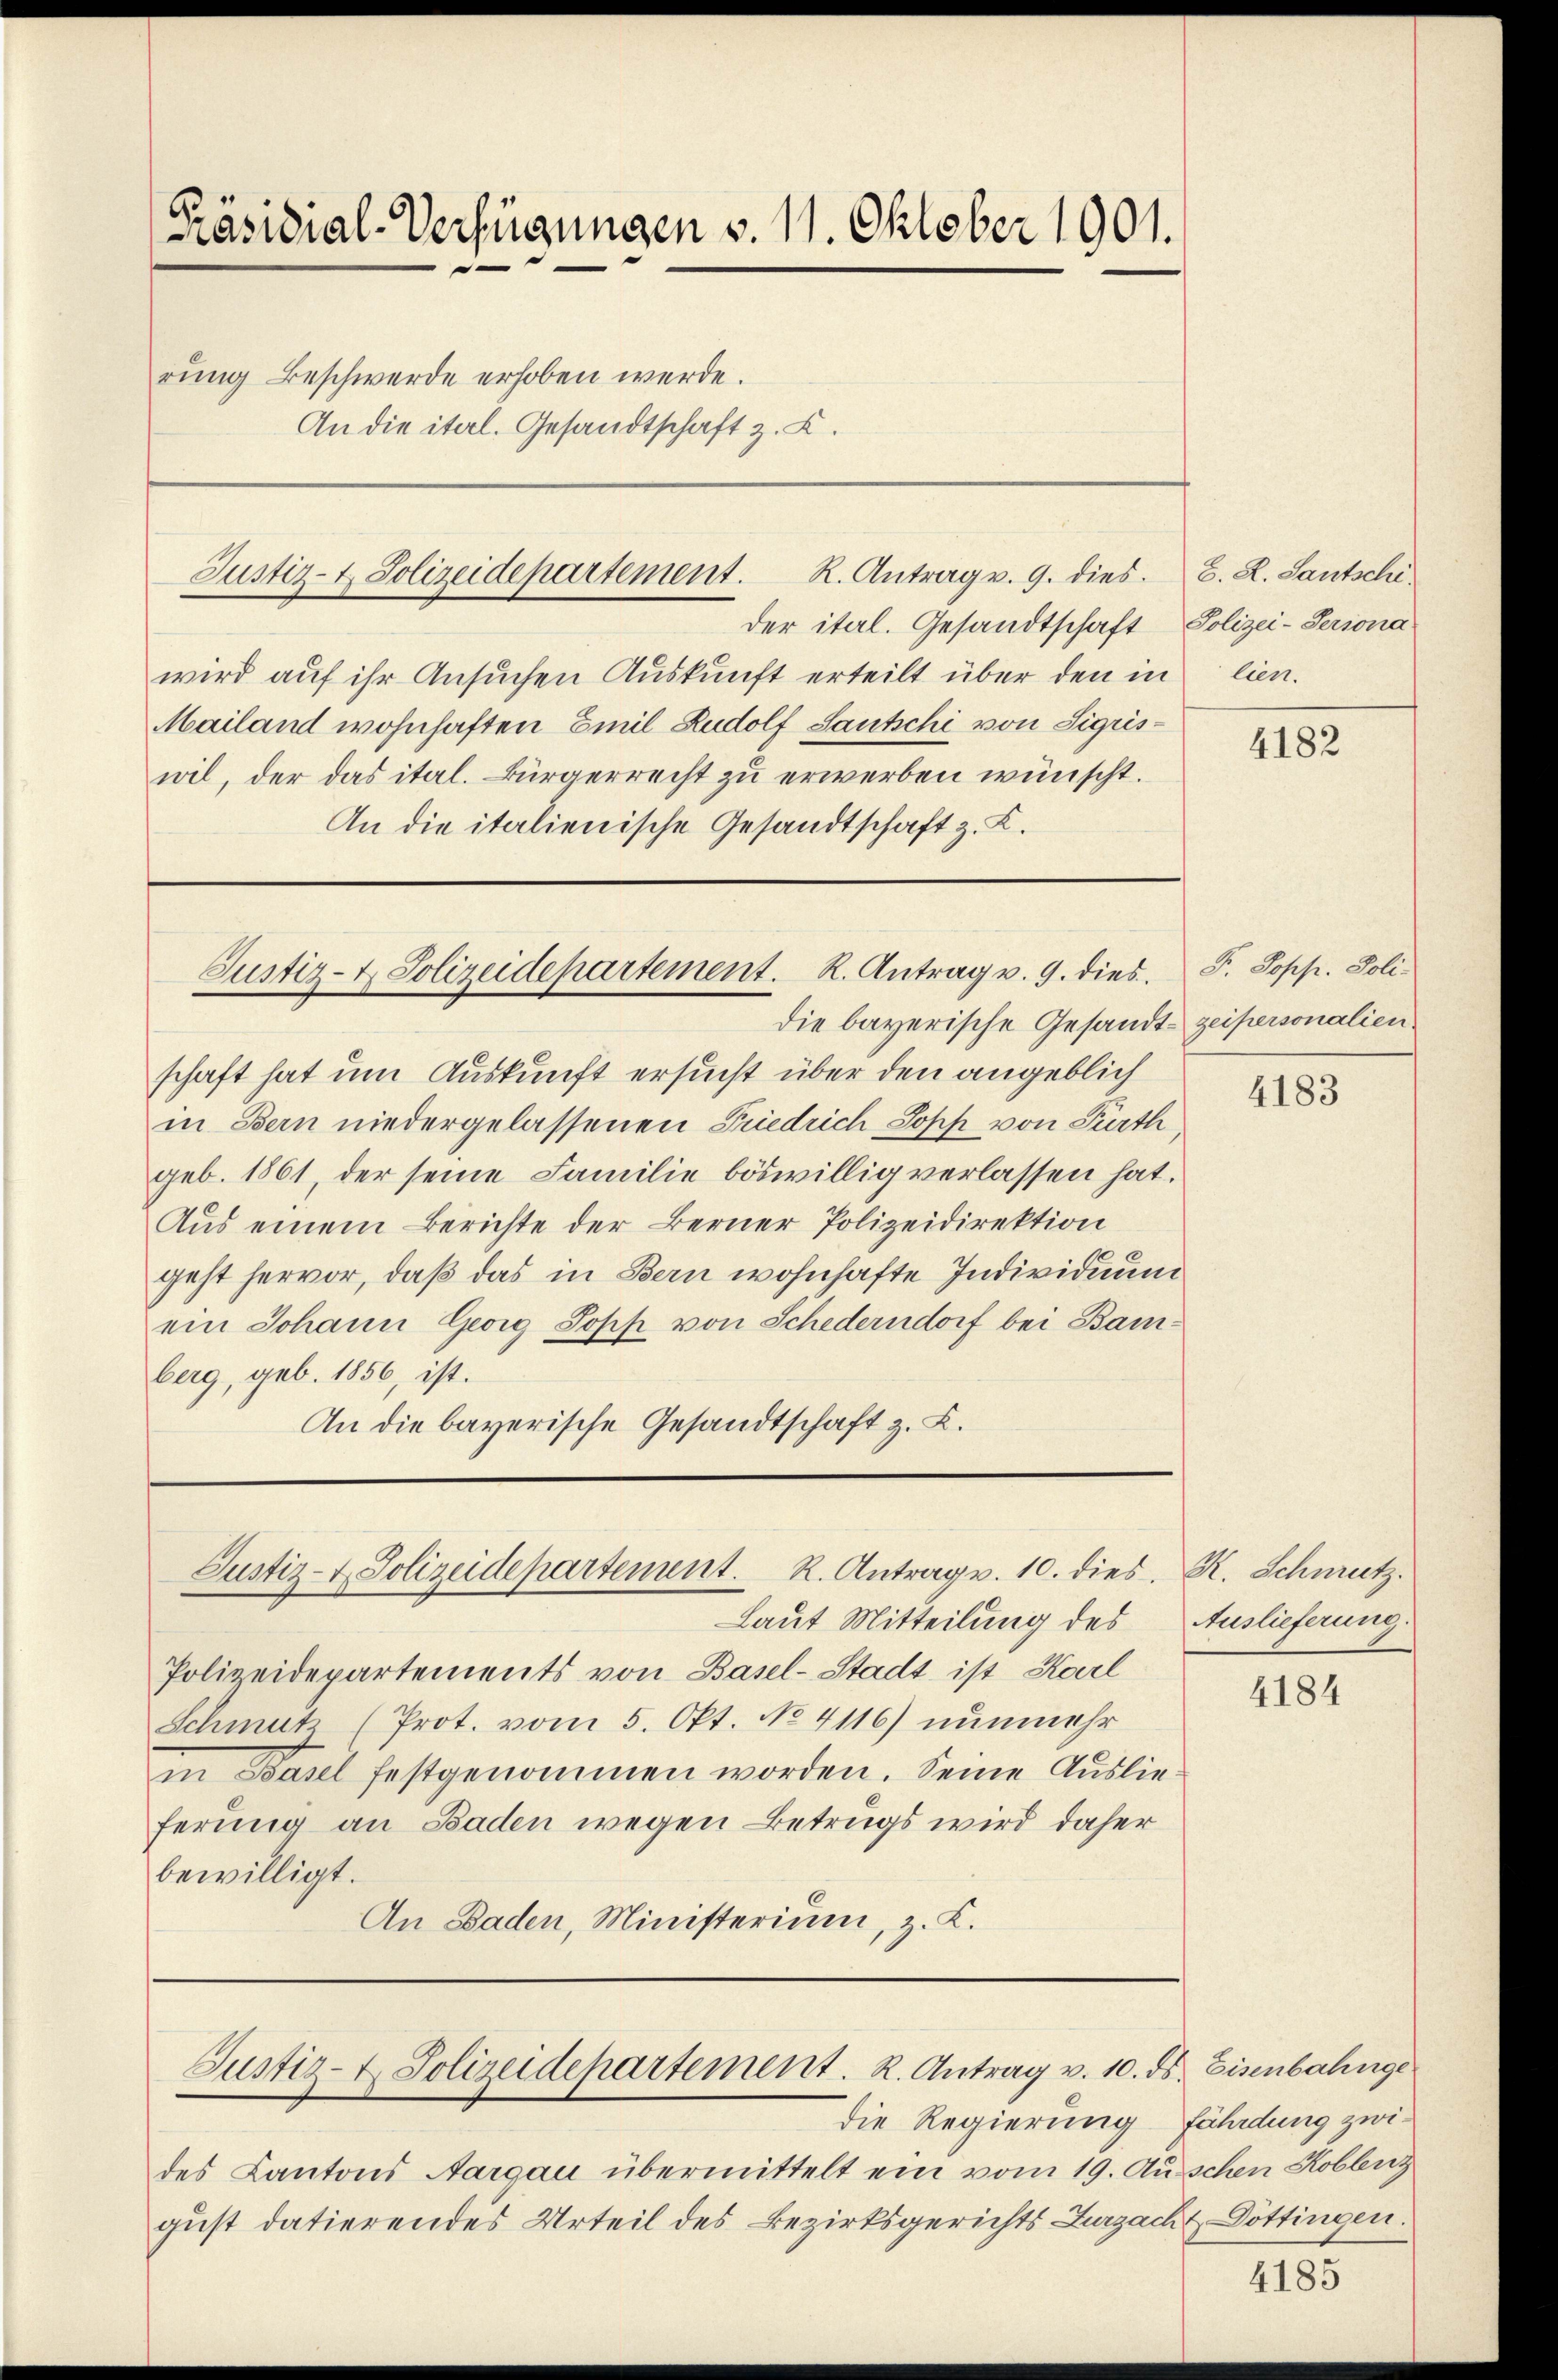
[Präsidial-Verfügungen v. 11. Oktober 1901.
e
rung Beschwerde erhoben werde.
An die ital. Gesandtschaft z. K.

der iterl. Gesandtschaft
wird auf ihr Ansuchen Auskunft erteilt über den in lien.
Mailand wohnhaften Emil Rudolf Sautschi von Sigriswil, der das ital. Bürgerrecht zu erwerben wünscht.
An die italienische Gesandtschaft z. K.

Justiz- & Polizeidepartement. R. Antrag v. 9. dies

Justiz- & Polizeidepartement. K. Antrag v. 9. dies. F. Sopp. Polidie bayerische Gesandt zeipersonalien

Justiz- & Polizeidepartement. R. Antrag v. 10. dies. R. Schwrutz.

Justiz- & Polizeidepartement. R. Antrag v. 10. ds. Eisenbahnge

des Kantons Aargau übermittelt ein vom 19. Au
gust datierendes Urteil des Bezirksgerichts Zurzach & Döttingen.

schaft hat um Auskunft ersucht über den angeblich
in Bern niedergelassenen Friedrich Sopp von Parth,
geb. 1861, der seine Familie böswillig verlassen hat.
Aus einem Berichte der Berner Polizeidirektion
geht hervor, daß das in Bern wohnhafte Individuum
ein Johann Georg Sopp von Schederndorf bei Bamberg, geb. 1856, ist.
An die bayerische Gesandtschaft z. B.

Laut Mitteilung des
Polizeidepartements von Basel-Stadt ist Karl
Schmutz (Prot. vom 5. Okt. No. 4116) nunmehr
in Basel festgenommen worden. Seine Auslieferung an Baden wegen Betrugs wird daher
bewilligt.
An Baden, Ministerium, z. K.

die Regierung fährdung zwi¬

S. R. Sautschi
Polizei-Persona

4182

4183

Auslieferung.

4184

ischen Koblenz

4185